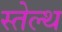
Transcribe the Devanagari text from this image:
स्तेल्थ